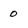
Character: 0